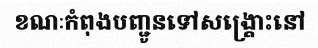
ខណៈកំពុងបញ្ជូនទៅសង្គ្រោះនៅ